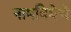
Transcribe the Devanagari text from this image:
नामविद्येचे